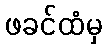
ဖခင်ထံမှ